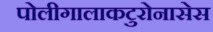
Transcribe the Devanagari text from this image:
पोलीगालाकटुरोनासेस